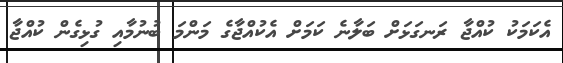
އެކަމަކު ކުއްޖާ ރަނގަޅަށް ބަލާނެ ކަމަށް އެކުއްޖާގެ މަންމަ ބުނުމާއި ގުޅިގެން ކުއްޖާ